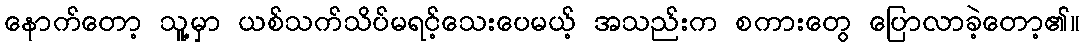
နောက်တော့ သူ့မှာ ယစ်သက်သိပ်မရင့်သေးပေမယ့် အသည်းက စကားတွေ ပြောလာခဲ့တော့၏။